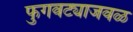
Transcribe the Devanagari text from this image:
फुगवट्याजवळ